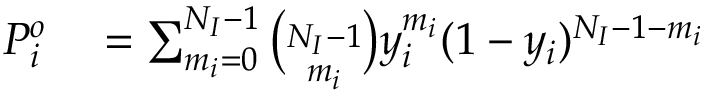
\begin{array} { r l } { P _ { i } ^ { o } } & { { } = \sum _ { m _ { i } = 0 } ^ { N _ { I } - 1 } \binom { N _ { I } - 1 } { m _ { i } } y _ { i } ^ { m _ { i } } ( 1 - y _ { i } ) ^ { N _ { I } - 1 - m _ { i } } } \end{array}